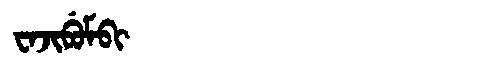
Manchu: ᠸᠠᠵᡳᠪᡠᠮᠪᡳ
Romanization: WAJIBUMBI